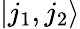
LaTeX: |j_{1},j_{2}\rangle